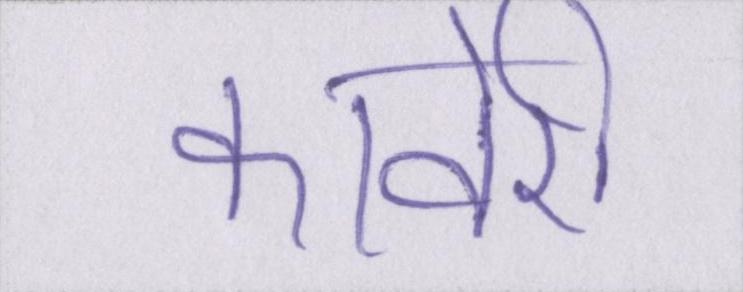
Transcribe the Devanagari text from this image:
कावेरी